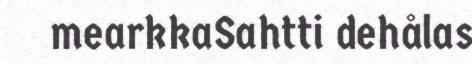
mearkkaSahtti dehålas